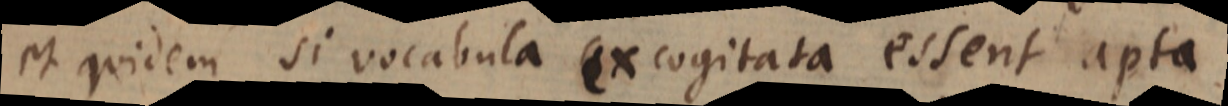
et quidem si vocabula excogitata essent apta